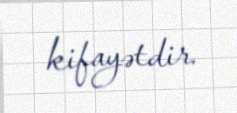
kifayətdir.